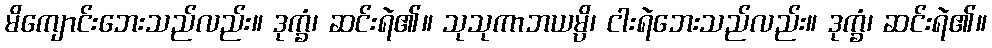
မိကျောင်းဘေးသည်လည်း။ ဒုက္ခံ၊ ဆင်းရဲ၏။ သုသုကာဘယမ္ပိ၊ ငါးရဲဘေးသည်လည်း။ ဒုက္ခံ၊ ဆင်းရဲ၏။